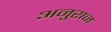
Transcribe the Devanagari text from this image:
अनुराज